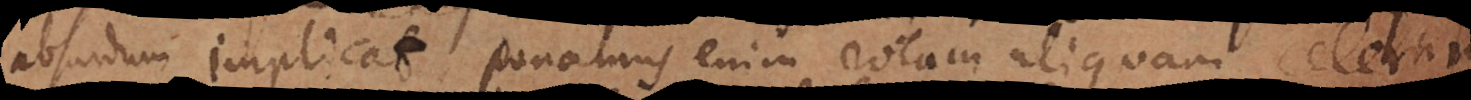
absurdum implicat; ponamus enim rotam aliquam celerrimo